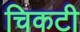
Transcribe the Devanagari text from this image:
चिकटी